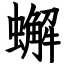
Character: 蠏